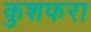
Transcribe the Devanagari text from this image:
कुशफरा